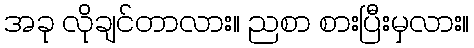
အခု လိုချင်တာလား။ ညစာ စားပြီးမှလား။